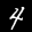
Label: 4